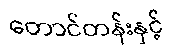
တောင်တန်းနှင့်